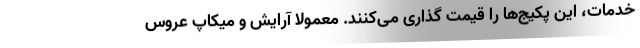
خدمات، این پکیج‌ها را قیمت گذاری می‌کنند. معمولاً آرایش و میکاپ عروس